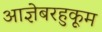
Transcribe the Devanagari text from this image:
आज्ञेबरहुकूम